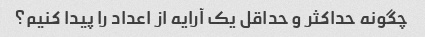
چگونه حداکثر و حداقل یک آرایه از اعداد را پیدا کنیم؟